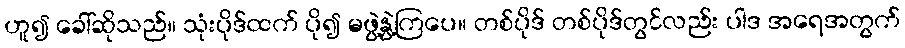
ဟူ၍ ခေါ်ဆိုသည်။ သုံးပိုဒ်ထက် ပို၍ မဖွဲ့နွဲ့ကြပေ။ တစ်ပိုဒ် တစ်ပိုဒ်တွင်လည်း ပါဒ အရေအတွက်